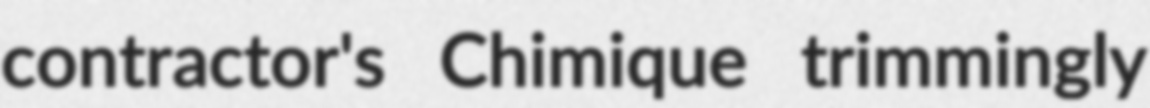
contractor's Chimique trimmingly